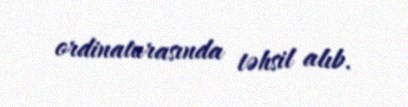
ordinaturasında təhsil alıb.